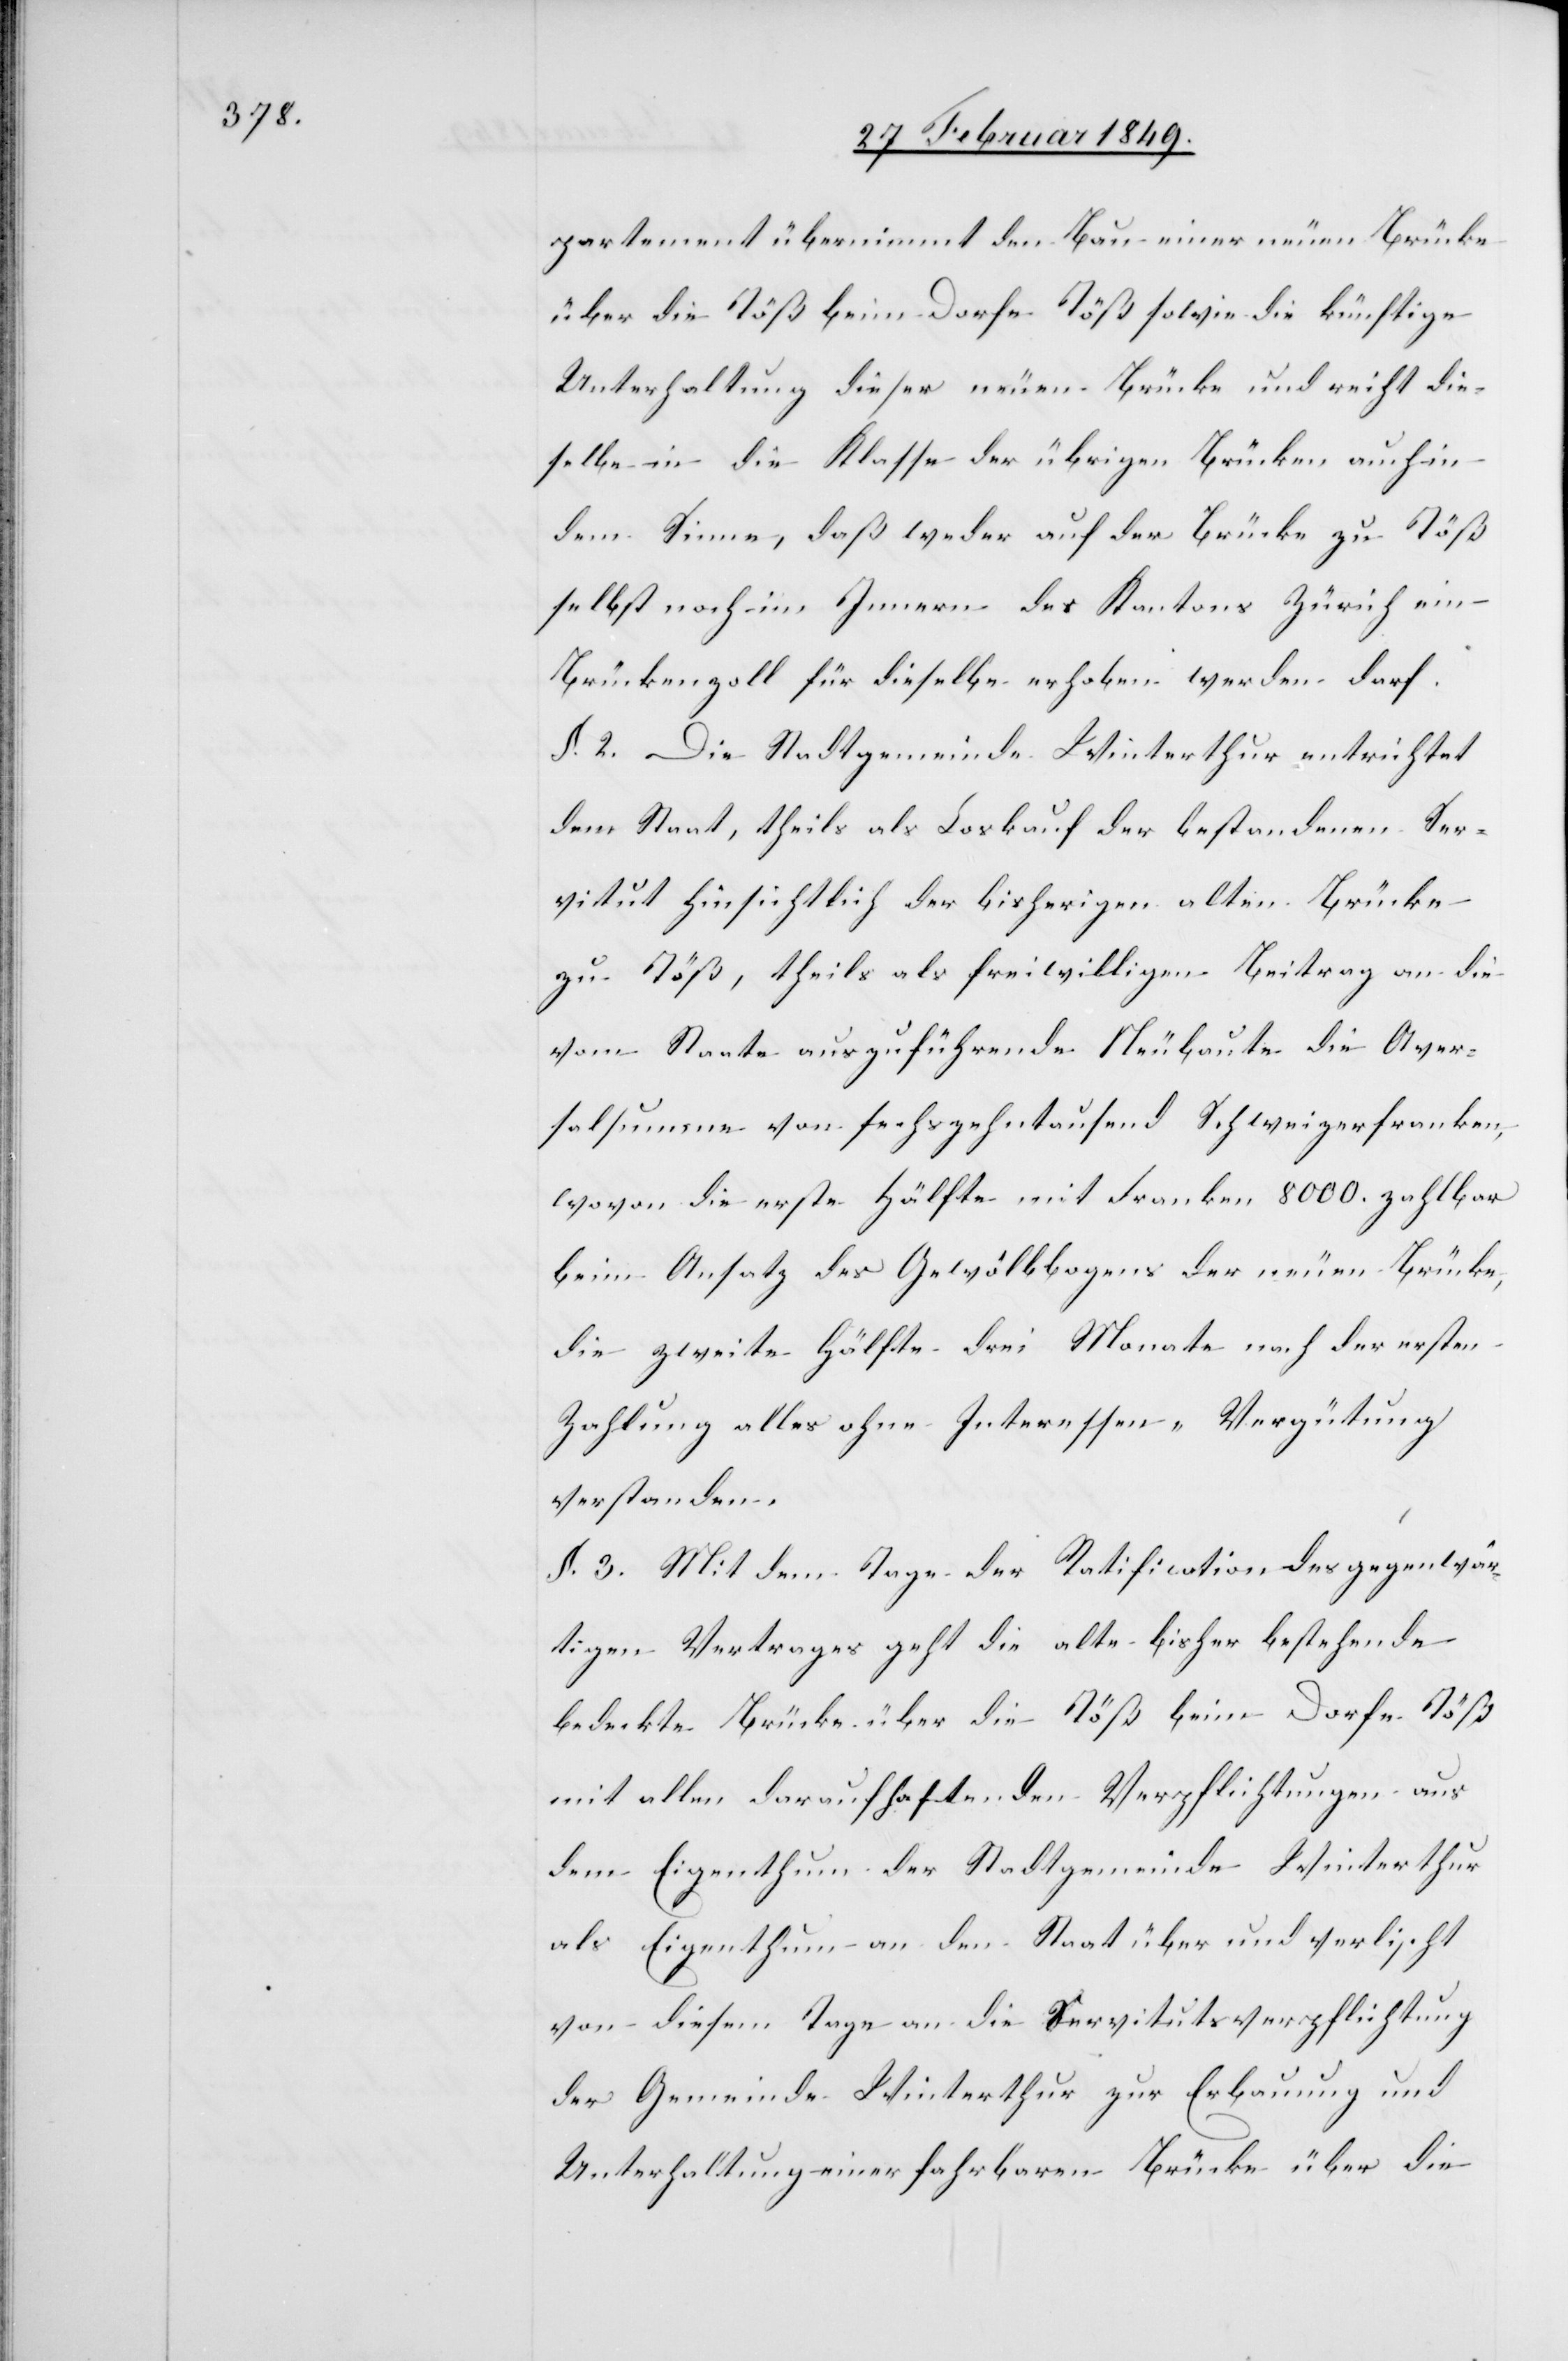
partement übernimmt den Bau einer neuen Brücke
über die Töß beim Dorfe Töß sowie die künftige
Unterhaltung dieser neuen Brücke und reiht die¬
selbe in die Klasse der übrigen Brücken auch in
dem Sinne, daß weder auf der Brücke zu Töß
selbst noch im Innern des Kantons Zürich ein
Brückenzoll für dieselbe erhoben werden darf.
§. 2. Die Stadtgemeinde Winterthur entrichtet
dem Staat, theils als Loskauf der bestandenen Ser¬
vitut hinsichtlich der bisherigen alten Brücke
zu Töß, theils als freiwilligen Beitrag an die
vom Staate auszuführende Neubaute die Aver¬
salsumme von sechszehntausend Schweizerfranken,
wovon die erste Hälfte mit Franken 8000. zahlbar
beim Ansatz des Gewölbbogens der neuen Brücke,
die zweite Hälfte drei Monate nach der ersten
Zahlung alles ohne Interessen-Vergütung
verstanden.
§. 3. Mit dem Tage der Ratification des gegenwär¬
tigen Vertrages geht die alte bisher bestehende
bedeckte Brücke über die Töß beim Dorfe Töß
mit allen darauf haftenden Verpflichtungen aus
dem Eigenthum der Stadtgemeinde Winterthur
als Eigenthum an den Staat über und verlischt
von diesem Tage an die Servitutsverpflichtung
der Gemeinde Winterthur zur Erbauung und
Unterhaltung einer fahrbaren Brücke über die